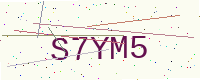
Text: S7YM5